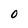
Character: 0